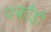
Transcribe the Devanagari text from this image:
पकौड़ों